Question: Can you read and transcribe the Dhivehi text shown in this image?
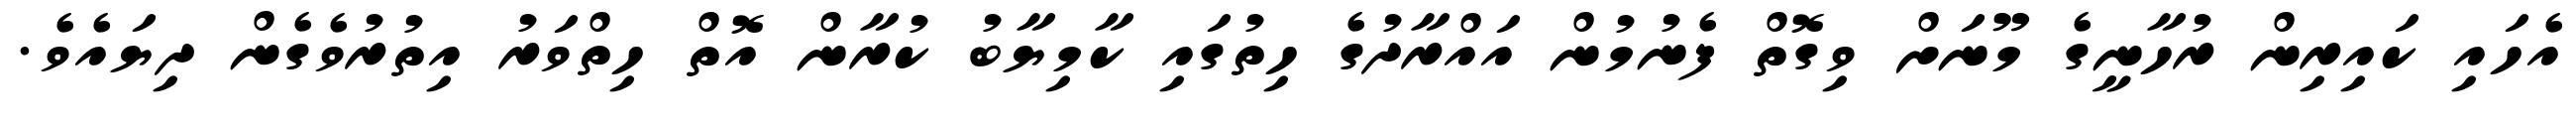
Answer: އެހައި ކައިރިން ރުހާނީގެ މޫނަށް ވިގޮތް ފެނުމުން އައްރާދުގެ ހިތުގައި ކާމިޔާބު ކުރާން އޮތް ހިތްވަރު އިތުރުވެގެން ދިޔައެވެ.